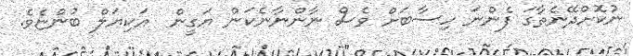
ނުކޮށްދޭނެތާގަ ފެންނަ ހިސާބަށް ވެސް ނާންނާނެކަން ޔަގީން  އަކިޔަލް ބުންޏެވެ.